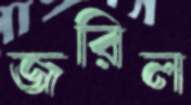
জরিল